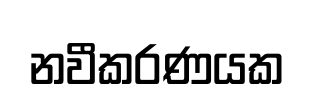
නවීකරණයක